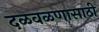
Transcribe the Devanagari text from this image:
दळवळणासाठी